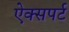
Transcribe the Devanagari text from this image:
ऐक्सपर्ट